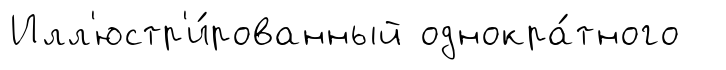
Илл'юстр'и́рованный однокра́тного